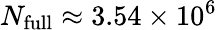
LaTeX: N_{\mathrm{full}}\approx 3.54\times 10^{6}